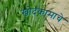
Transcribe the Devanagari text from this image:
खोदकामाचे